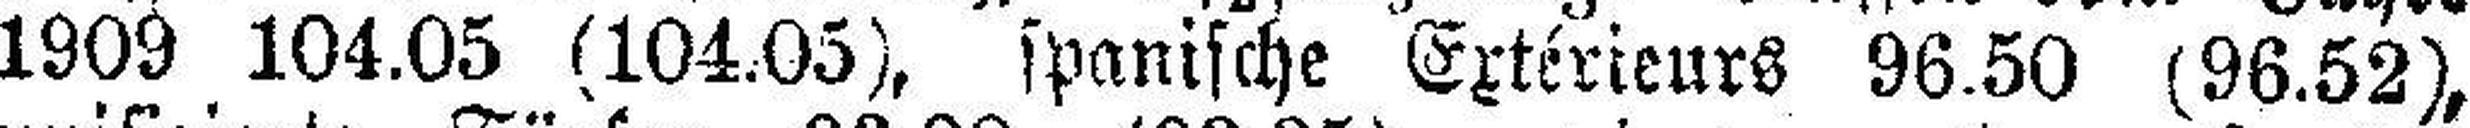
1909 104.05 (104.05), spanische Extérieurs 96.50 (96.52),